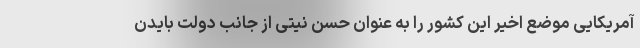
آمریکایی موضع اخیر این کشور را به عنوان حسن نیتی از جانب دولت بایدن